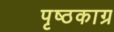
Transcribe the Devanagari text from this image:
पृष्ठकाग्र